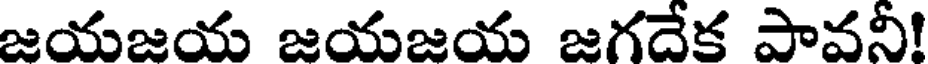
జయజయ జయజయ జగదేక పావనీ!